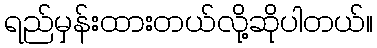
ရည်မှန်းထားတယ်လို့ဆိုပါတယ်။